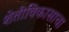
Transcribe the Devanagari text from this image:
शेतीविकासाचा